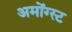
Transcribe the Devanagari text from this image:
अमोंग्स्ट